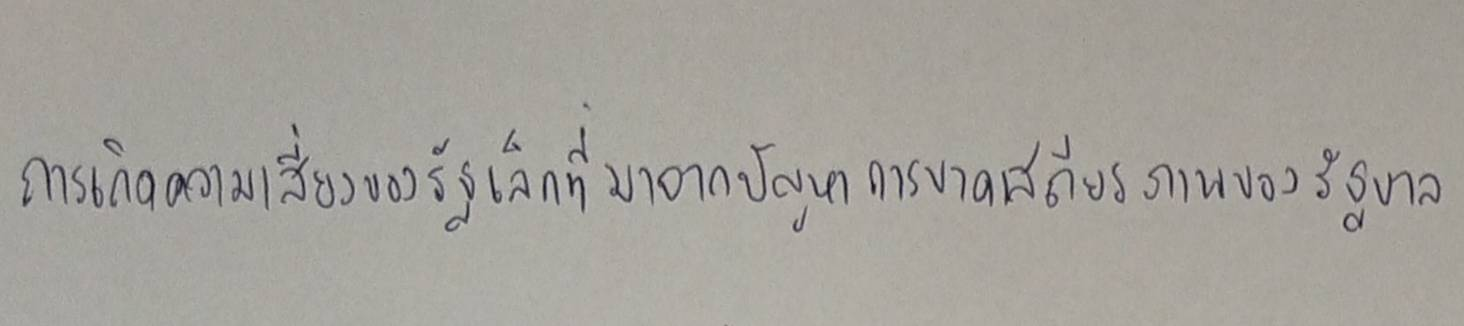
การเกิดความเสี่ยงของรัฐเล็กที่มาจากปัญหาการขาดเสถียรภาพของรัฐบาล